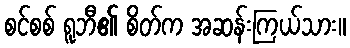
စင်စစ် ရူဘီ၏ စိတ်က အဆန်းကြယ်သား။